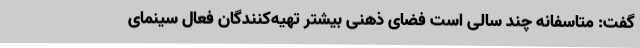
گفت: متاسفانه چند سالی است فضای ذهنی بیشتر تهیه‌کنندگان فعال سینمای